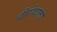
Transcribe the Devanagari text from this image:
धीरोदात्तो